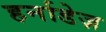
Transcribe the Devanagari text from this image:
हर्नाडेज़